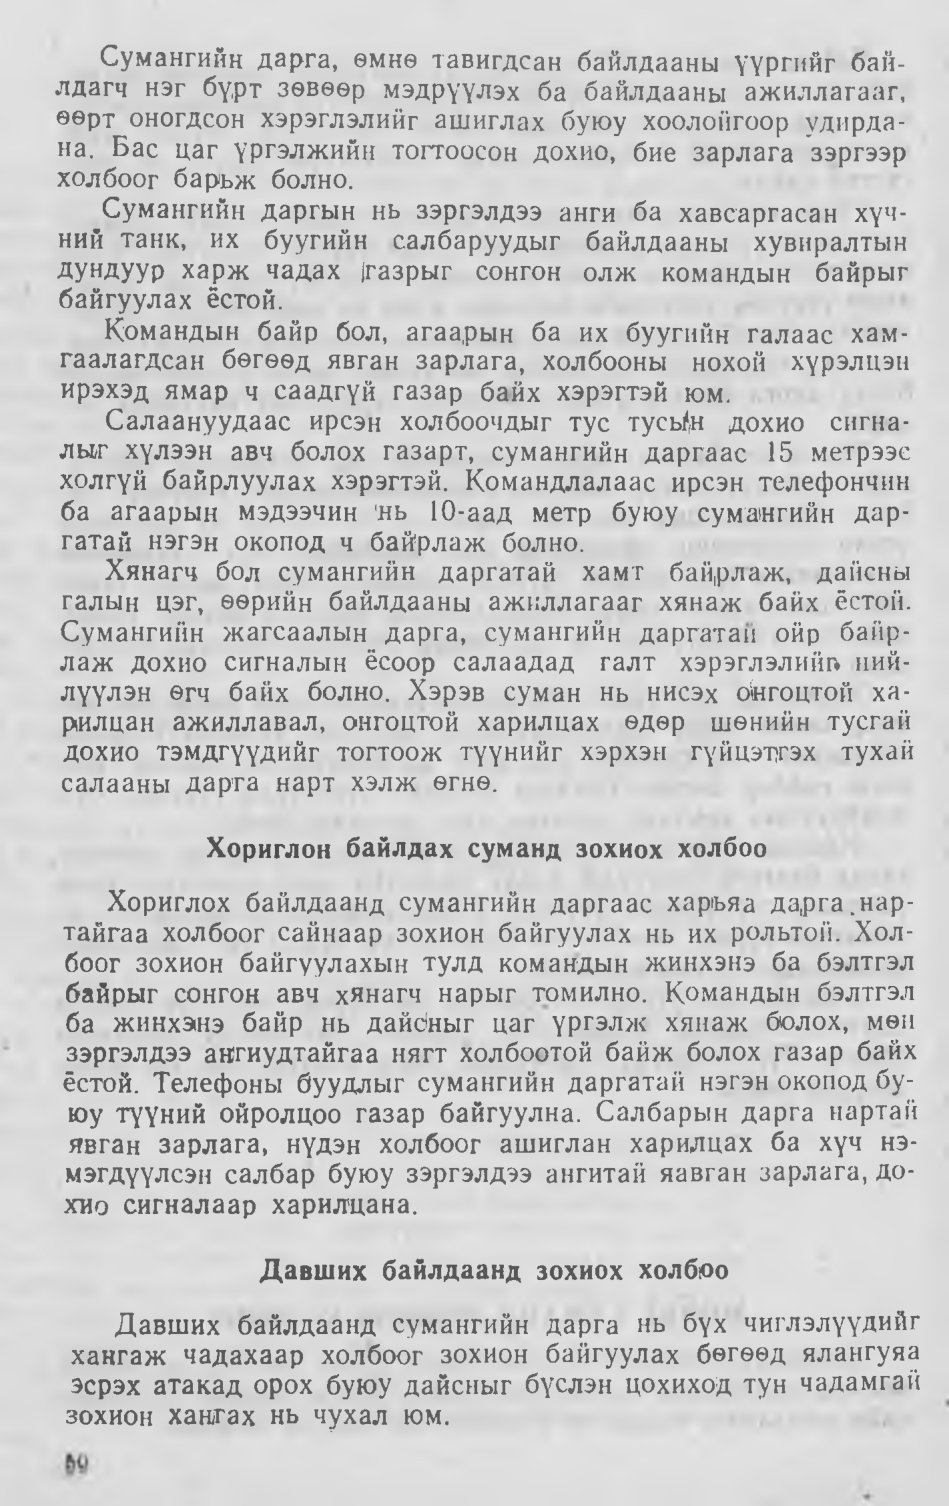
Language: mn